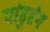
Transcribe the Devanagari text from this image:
पांढुरंग